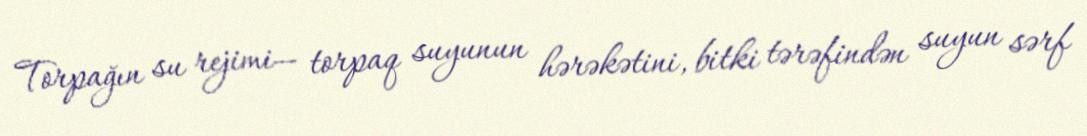
Torpağın su rejimi— torpaq suyunun hərəkətini, bitki tərəfindən suyun sərf